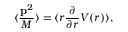
\langle { \frac { { \bf p } ^ { 2 } } { M } } \rangle = \langle r { \frac { \partial } { \partial r } } V ( r ) \rangle ,